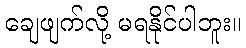
ချေဖျက်လို့ မရနိုင်ပါဘူး။